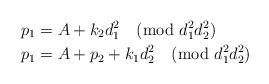
\begin{align*}p_1 & = A + k_2 d_1^2 \pmod{d_1^2 d_2^2} \\p_1 & = A + p_2 + k_1 d_2^2 \pmod{d_1^2 d_2^2} \end{align*}